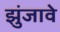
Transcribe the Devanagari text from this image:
झुंजावे